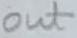
Text: out